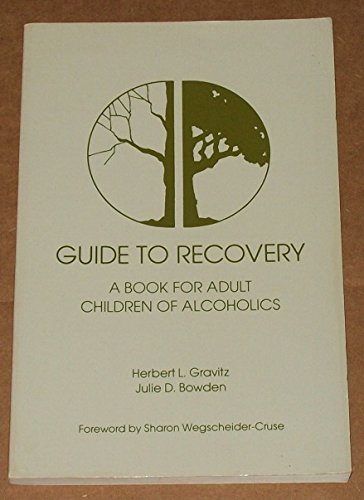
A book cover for Guide to Recovery; Herbert L Gravitz; Health, Fitness & Dieting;